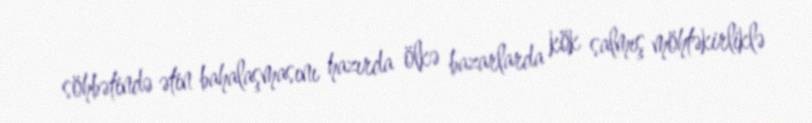
söhbətində ətin bahalaşmasını hazırda ölkə bazarlarda kök salmış möhtəkirliklə